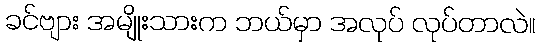
ခင်ဗျား အမျိုးသားက ဘယ်မှာ အလုပ် လုပ်တာလဲ။